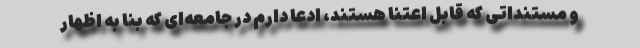
و مستنداتی كه قابل اعتنا هستند، ادعا دارم در جامعه‌ای كه بنا به اظهار